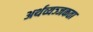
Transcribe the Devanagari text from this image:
अर्थव्यञ्जकता